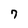
Character: 7